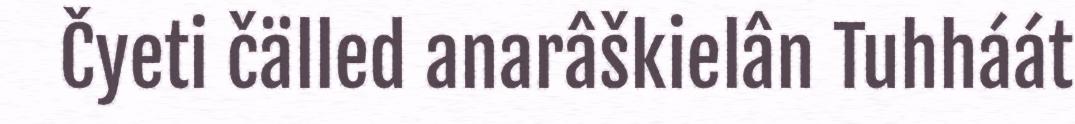
Čyeti čälled anarâškielân Tuhháát